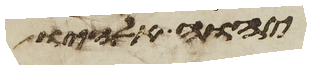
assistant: יהוה אלהיו